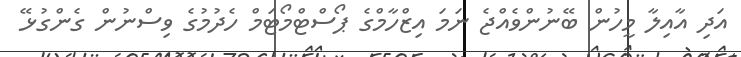
އަދި އާއިލާ މީހުން ބޭނުންވެއްޖެ ނަމަ އިޒްހާމްގެ ޕޯސްޓްމޯޓަމް ހެދުމުގެ ވިސްނުން ގެންގުޅޭ